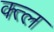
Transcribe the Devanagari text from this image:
क्त्ल